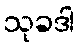
သုခဒါ